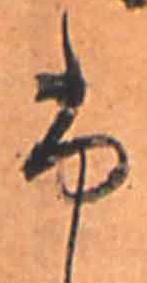
ふ